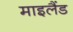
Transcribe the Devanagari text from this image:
माइलैंड